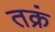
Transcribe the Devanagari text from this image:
तक्रं